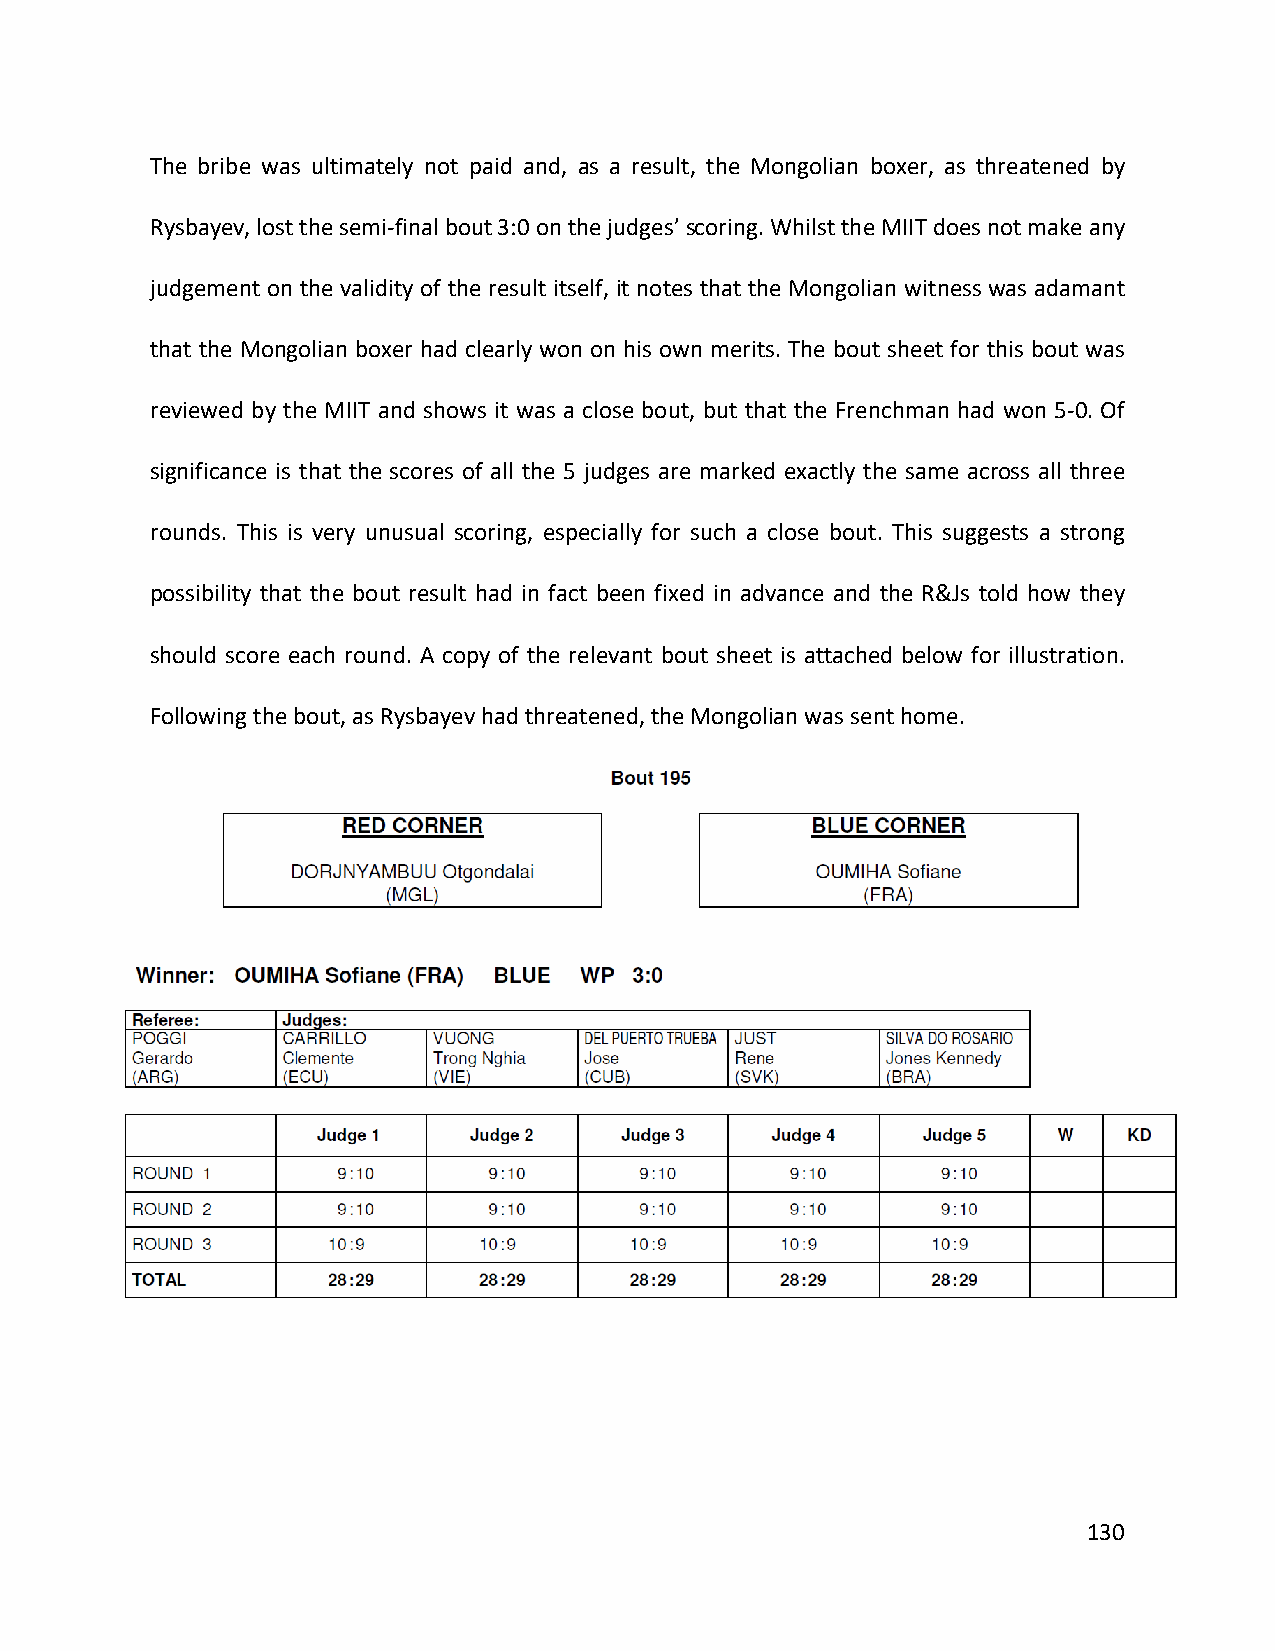
The bribe was ultimately not paid and, as a result, the Mongolian boxer, as threatened by
 Rysbayev, lost the semi-final bout 3:0 on the judges’ scoring. Whilst the MIIT does not make any
 judgement on the validity of the result itself, it notes that the Mongolian witness was adamant
 that the Mongolian boxer had clearly won on his own merits. The bout sheet for this bout was
 reviewed by the MIIT and shows it was a close bout, but that the Frenchman had won 5-0. Of
 significance is that the scores of all the 5 judges are marked exactly the same across all three
 rounds. This is very unusual scoring, especially for such a close bout. This suggests a strong
 possibility that the bout result had in fact been fixed in advance and the R&Js told how they
 should score each round. A copy of the relevant bout sheet is attached below for illustration.
 Following the bout, as Rysbayev had threatened, the Mongolian was sent home.
 130